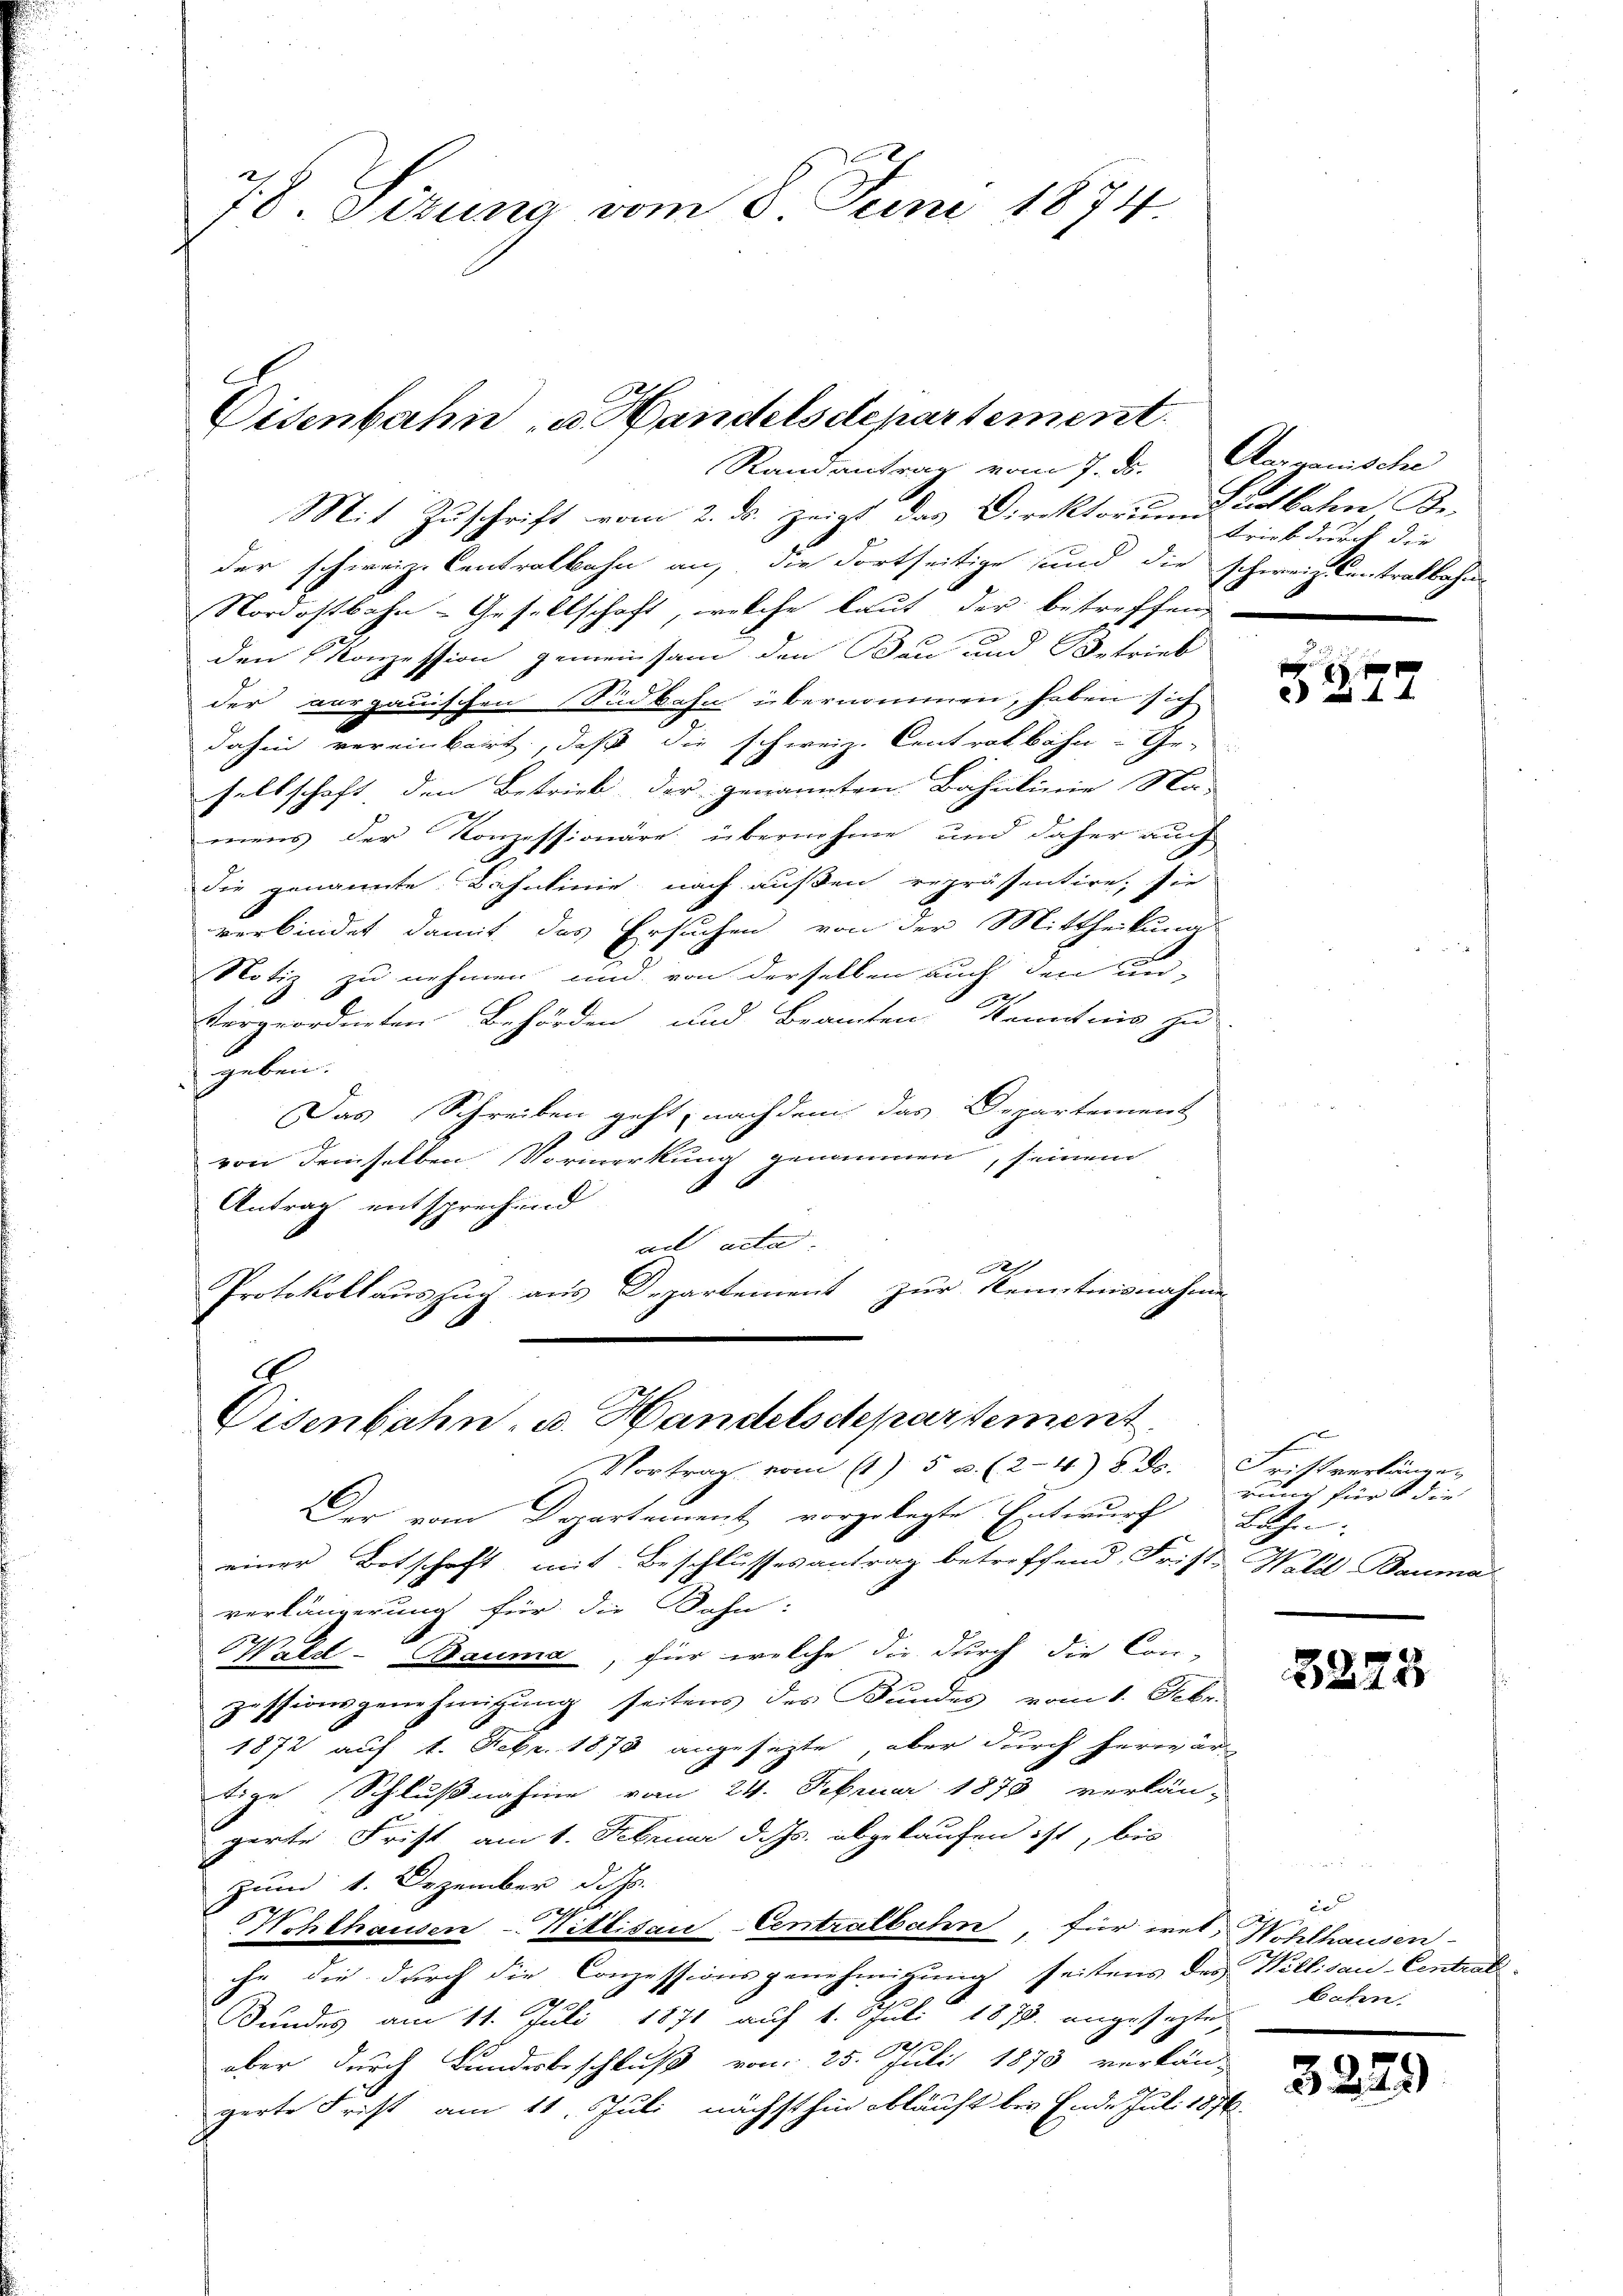
78 Sizung vom 8. Juni 1874

Eisenbahn u. Handelsdepartement.
Randantrag vom 7. ds. Aarganische

Mit Zuschrift vom 2. ds. zeigt das Direktorumdartboten Beder schweiz. Centralbahn an, die dortseitige und die schweiz. Contralbahn-
Nordostbahn-Gesellschaft, welche laut der betreffen,
den Konzession gemeinsam den Bau und Betrieb
der aargauischen Südbahn übernommen, haben sich
dahin vereinbart, daß die schweiz. Centratbahn- Gesellschaft, den Betrieb der genannten Bahnlinie Na-
mens der Konzessionäre übernahme und daher auch
die genannte Bahnlinie nach außen repräsentire, sie
verbindet damit das Ersuchen von der Mittheilung
Notiz zu nehmen und von derselben auch den An-
vergeordneten Behörden und Beamten Kenntnis zu
geben.
Das Schreiben geht, nachdem das Departement
von demselben Vormerkung genommen, seinem
Antrag entsprechend
ad acta.
2
Protokollauszug aus Departement zur Kenntnisnahme

9
Eisenbahn- u. Handelsdepartement.

Vortrag vom 11) 5 u. (2-4) 8. ds. Fristverlänge
Der vom Departement vorgelegte Entwurf Bahn:
einer Botschaft, mit Beschlussesantrag betreffend Frist. Wald Bauma
verlängerung für die Bahn:
Wald–Bauma, für welche die durch die Con-
zessionsgenehmigung seitens des Bundes vom 1. Febr.
1872 auf 1. Febr. 1873 angesezte, aber durch herwär
tige (Schlußnahme vom 24. Februar 1878 verlän-
gerte Frist am 1. Februar d. Js. abgekaufen ist, bis
zum 1. Dezember d. Js.
dch
e
Wohlhausen - Hittisau-Centralbahn, für wel Hohlhausen
ihr die durch die Conzessionsgenehmigung seitens der Willisau-Centrar
Bundes am 11. Juli 1871 auf 1. Juli 1873 angesezteaber durch Bundesbeschluß vom 25. Juli 1873 verkän-
gerte Frist am 11. Juli nächsthin obläuft bei Ende Juli 1876.

trieb durch die

44

E
rung für die

5275

c
baten.

3229